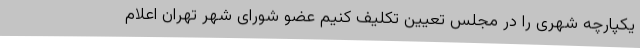
یکپارچه شهری را در مجلس تعیین تکلیف کنیم عضو شورای شهر تهران اعلام